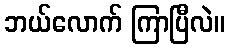
ဘယ်လောက် ကြာပြီလဲ။